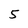
Character: 5